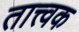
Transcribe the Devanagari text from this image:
तात्त्वक